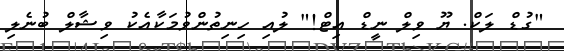
"ގުޑް ލަކް. ޔޫ ވިލް ނީޑް އިޓް!" ލުއި ހިނިތުންވުމަކާއެކު ވިޝާލް ބުނެލި